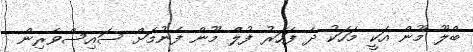
ބްލޫ މޫން އަކީ މަހަކު ދެ ފަހަރު ފުލް މޫން ފެނުމަށް ސައިސްވެރިން